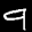
Label: 9